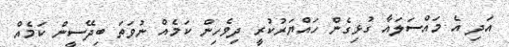
އަދި އެ މައްސަލައާ ގުޅިގެން ހައްޔަރުކުރީ ދިވެހިން ކަމެއް ނުވަތަ ބިދޭސީން ކަމެއް